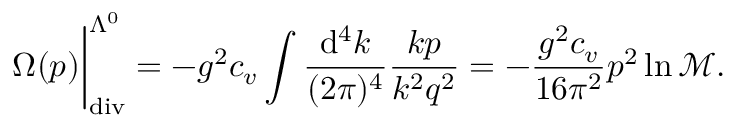
\Omega ( p ) \bigg | _ { \mathrm { d i v } } ^ { \Lambda ^ { 0 } } = - g ^ { 2 } c _ { v } \int \frac { \mathrm { d } ^ { 4 } k } { ( 2 \pi ) ^ { 4 } } \frac { k p } { k ^ { 2 } q ^ { 2 } } = - \frac { g ^ { 2 } c _ { v } } { 1 6 \pi ^ { 2 } } p ^ { 2 } \ln \mathcal { M } .